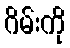
ဂိမ်းကို